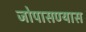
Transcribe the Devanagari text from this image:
जोपासण्यास